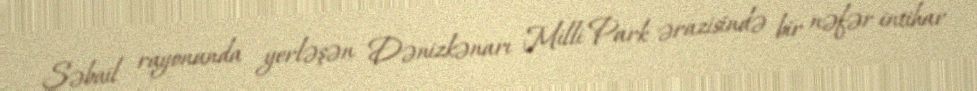
Səbail rayonunda yerləşən Dənizkənarı Milli Park ərazisində bir nəfər intihar